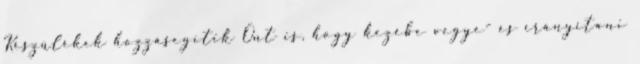
Készülékek hozzásegítik Önt is, hogy kezébe vegye- és írányítani